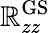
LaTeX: \mathbb{R}_{zz}^{\mathrm{{GS}}}